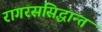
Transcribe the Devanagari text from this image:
रागरससिद्धान्त